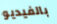
بالفيديو